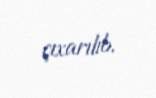
çıxarılıb.